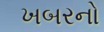
ખબરનો